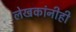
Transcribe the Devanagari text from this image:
लेखकांनीही